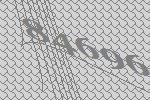
84696